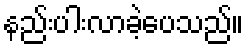
နည်းပါးလာခဲ့ပေသည်။